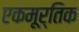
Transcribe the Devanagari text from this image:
एकमूर्तिक